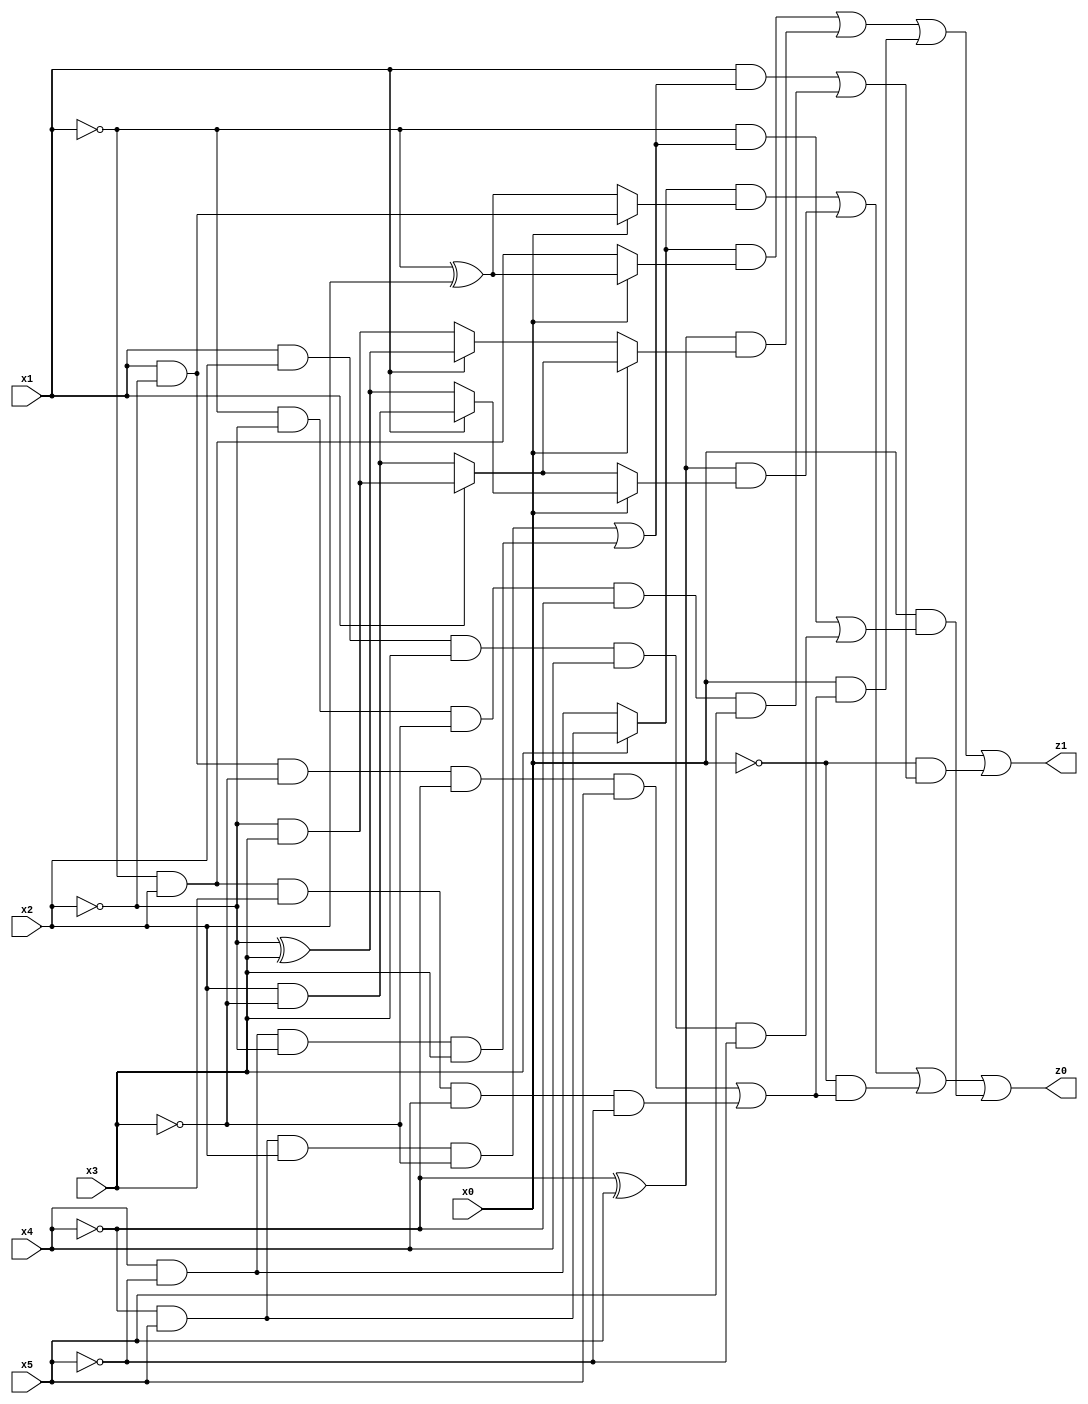
// Benchmark "q_10" written by ABC on Mon Jul 10 19:24:59 2023

module q_10 ( 
    x0, x1, x2, x3, x4, x5,
    z0, z1  );
  input  x0, x1, x2, x3, x4, x5;
  output z0, z1;
  assign z0 = ((x3 ? (~x4 & x5) : (x4 & ~x5)) & (x0 ? (x1 & ~x2) : (~x1 ^ x2))) | ((~x4 ^ x5) & (x0 ? (x1 ? (x2 & ~x3) : (~x2 ^ x3)) : (x1 ? (~x2 & x3) : (x2 & ~x3)))) | (~x0 & ((x1 & ~x2 & ~x3 & ~x4 & x5) | (~x1 & x2 & x3 & x4 & ~x5))) | (x0 & ((~x1 & ((~x4 & x5 & x2 & ~x3) | (x4 & ~x5 & ~x2 & x3))) | (x1 & x2 & x3 & x4 & ~x5)));
  assign z1 = ((x3 ? (~x4 & x5) : (x4 & ~x5)) & (x0 ? (~x1 ^ x2) : (~x1 & x2))) | ((~x4 ^ x5) & (x0 ? (x1 ? (~x2 & x3) : (x2 & ~x3)) : (x1 ? (~x2 ^ x3) : (~x2 & x3)))) | (x0 & ((x1 & ~x2 & ~x3 & ~x4 & x5) | (~x1 & x2 & x3 & x4 & ~x5))) | (~x0 & ((x1 & ((~x4 & x5 & x2 & ~x3) | (x4 & ~x5 & ~x2 & x3))) | (~x1 & ~x2 & ~x3 & ~x4 & x5)));
endmodule